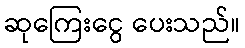
ဆုကြေးငွေ ပေးသည်။